Report on vaccination in Madras 1922-1929 - 1922-1929
Year: 1922
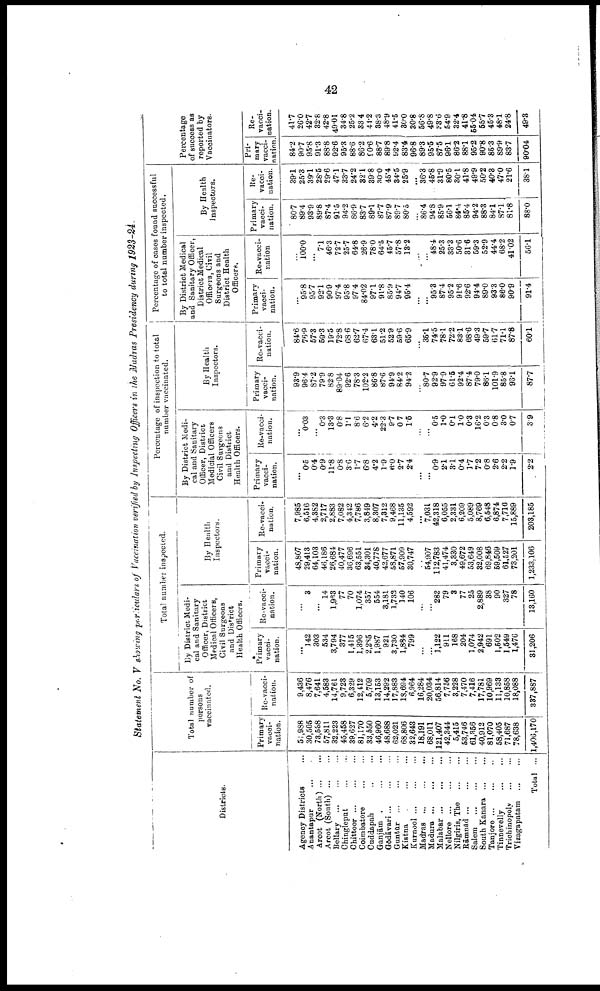
42
Statement No. V showing particulars of Vaccination verified by Inspecting Officers in the Madras Presidency during 1923-24.
Districts.
Agency Districts... ...
Anantapur... ...
Arcot
(North)... ... ...
Arcot (South)
Bellary...
...
Chingleput...
...
Chittoor... ... ...
Coimbatore... ...
Cuddapah...
...
Ganjām... ...
...
Gōdōvari... ...
Guntūr...
...
...
Kistna...
...
...
Kurnool... ... ... ...
Madras... ... ...
Madura...
...
...
Malabar...
...
...
Nellore...
...
...
Nilgiris, The... ... ...
Rāmnād... ... ...
Salem...
...
...
South Kanara... ... ...
Tanjore...
...
...
Tinnevelly...
...
...
Trichinopoly...
...
...
Vizagapatam... ... ...
Total ...
Total number of
persons
vaccinated.
Primary
vacci.
nation.
51,988
30,505
73,538
57,811
32,223
45,458
39,627
81,170
33,550
46,960
48,688
62,021
68,806
32,643
18,191
68,011
121,407
42,344
5,415
53,746
61,356
40,912
81,070
58,405
71,687
78,638
1,406,l70
Re-vacci.
nation.
9,436
8,476
7,641
4,583
14,761
9,723
6,329
12,412
5,709
13,153
14,292
17,883
18,694
6,964
16,284
20,034
56,814
7,756
3,228
7,470
7,416
17,781
10,969
11,133
10,858
18,088
337,887
Total number inspected.
By District Medi
cal and Sanitary
Officer, District
Medical Officers,
Civil Surgeons
and District
Health Officers.
Primary
vacci
nation.
...
142
303
534
3,794
377
1,415
1,396
2,285
1,987
921
3,730
1,884
799
...
...
1,122
911
168
204
1,074
2,942
691
1,502
1,549
1,476
31,206
Re-vacci
nation.
...
3
...
14
1,963
77
70
1,074
357
554
3,181
1,732
140
106
...
...
283
79
3
77
25
2,889
38
90
327
78
13,160
By Health
Inspectors.
Primary
vacci
nation.
48,807
29,413
64,103
46,186
26,684
40,477
36,696
63,551
34,301
40,778
42,677
58,871
57,909
30,747
...
54,907
112,783
41,474
3,330
49,672
53,649
32,008
69,846
59,509
61,527
73,201
1,233,106
Re-vacci.
nation.
7,985
6,516
4,382
2,717
2,883
7,082
4,342
7,786
3,849
8,307
7,312
9,468
11,135
4,592
...
7,031
42,318
6,055
2,331
6,209
5,089
8,769
6,548
6,874
7,716
15,889
203,185
Percentage of inspection to total
number vaccinated.
By District Medi
cal and Sanitary
Officer, District
Medicial Officers
Civil Surgeons
and District
Health Officers.
Primary
vacci
nation.
...
0.5
0.4
0.9
11.8
0.8
8.6
1.7
6.8
4.2
1.9
6.0
2.7
2.4
...
...
0.9
2.1
3.1
0.4
1.7
7.2
0.8
2.6
2.2
1.9
2.2
Re-vacci
nation.
0.03
...
0.3
13.3
0.8
1.1
8.6
6.2
4.2
22.3
9.7
0.7
1.5
...
...
0.5
1.0
0.1
1.0
0.3
16.2
0.3
0.8
3.0
0.7
3.9
By Health
Inspectors.
Primary
vacci
nation.
93.9
96.4
87.2
79.9
82.8
89.04
92.6
78.3
102.2
86.8
87.6
94.9
84.2
94.2
...
80.7
92.9
97.9
61.6
92.4
87.4
79.0
86.1
101.9
85.8
93.1
87.7
Re-vacci.
nation.
84.6
76.9
57.3
59.3
19.5
72.8
68.6
62.7
67.4
63.1
51.2
52.9
59.6
65.9
...
35.1
74.5
78.1
72.2
88.1
68.6
49.3
59.7
61.7
71.1
87.8
60.1
Percentage of cases found successful
to total number inspected.
By District Medical
and Sanitary Officer,
District Medical
Officers, Civil
Surgeons and
District Health
Officers.
Primary
vacci
nation.
...
95.8
95.7
92.1
90.9
97.4
95.8
97.4
84.02
97.1
91.8
85.9
94.7
95.4
...
...
95.3
87.4
95.2
91.6
92.6
94.4
89.0
93.3
86.0
90.9
91.4
Re-vacci
nation
...
100.0
...
7.1
46.3
72.7
25.7
64.8
28.9
78.0
64.5
45.7
57.8
13.2
...
...
48.4
25.3
33.3
50.6
31.6
59.3
52.9
44.4
68.2
41.02
56.1
By Health
Inspectors.
Primary
vacci
nation.
80.7
89.4
93.9
89.8
87.4
91.5
94.2
86.9
83.7
89.1
87.7
87.9
89.7
80.5
...
86.4
94.8
85.9
56.1
84.4
85.4
94.2
88.3
84.1
87.1
81.8
88.0
Re-
vacci.
nation.
39.1
25.3
39.1
28.5
29.6
47.1
33.7
24.2
32.1
39.8
30.0
45.4
34.5
25.9
...
36.3
45.8
31.9
80.5
30.1
41.8
49.9
50.2
40.8
47.0
21.6
38.1
Percentage
of success as
reported by
Vaccinators.
Pri
mary
vacci
nation
84.2
90.7
95.8
91.3
88.8
92.6
95.3
88.6
86.2
90.6
88.7
89.8
92.4
83.4
96.8
89.3
95.5
87.5
96.1
86.2
88.1
95.2
90.8
85.3
89.9
83.7
90.04
Re.
vacci
nation.
41.7
26.0
42.7
32.8
42.8
49.01
34.8
25.2
33.4
44.2
38.3
48.9
41.5
30.0
30.8
56.8
49.8
33.6
54.9
32.4
41.8
55.04
55.7
45.3
48.1
24.8
49.8